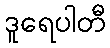
ဒူရေပါတီ